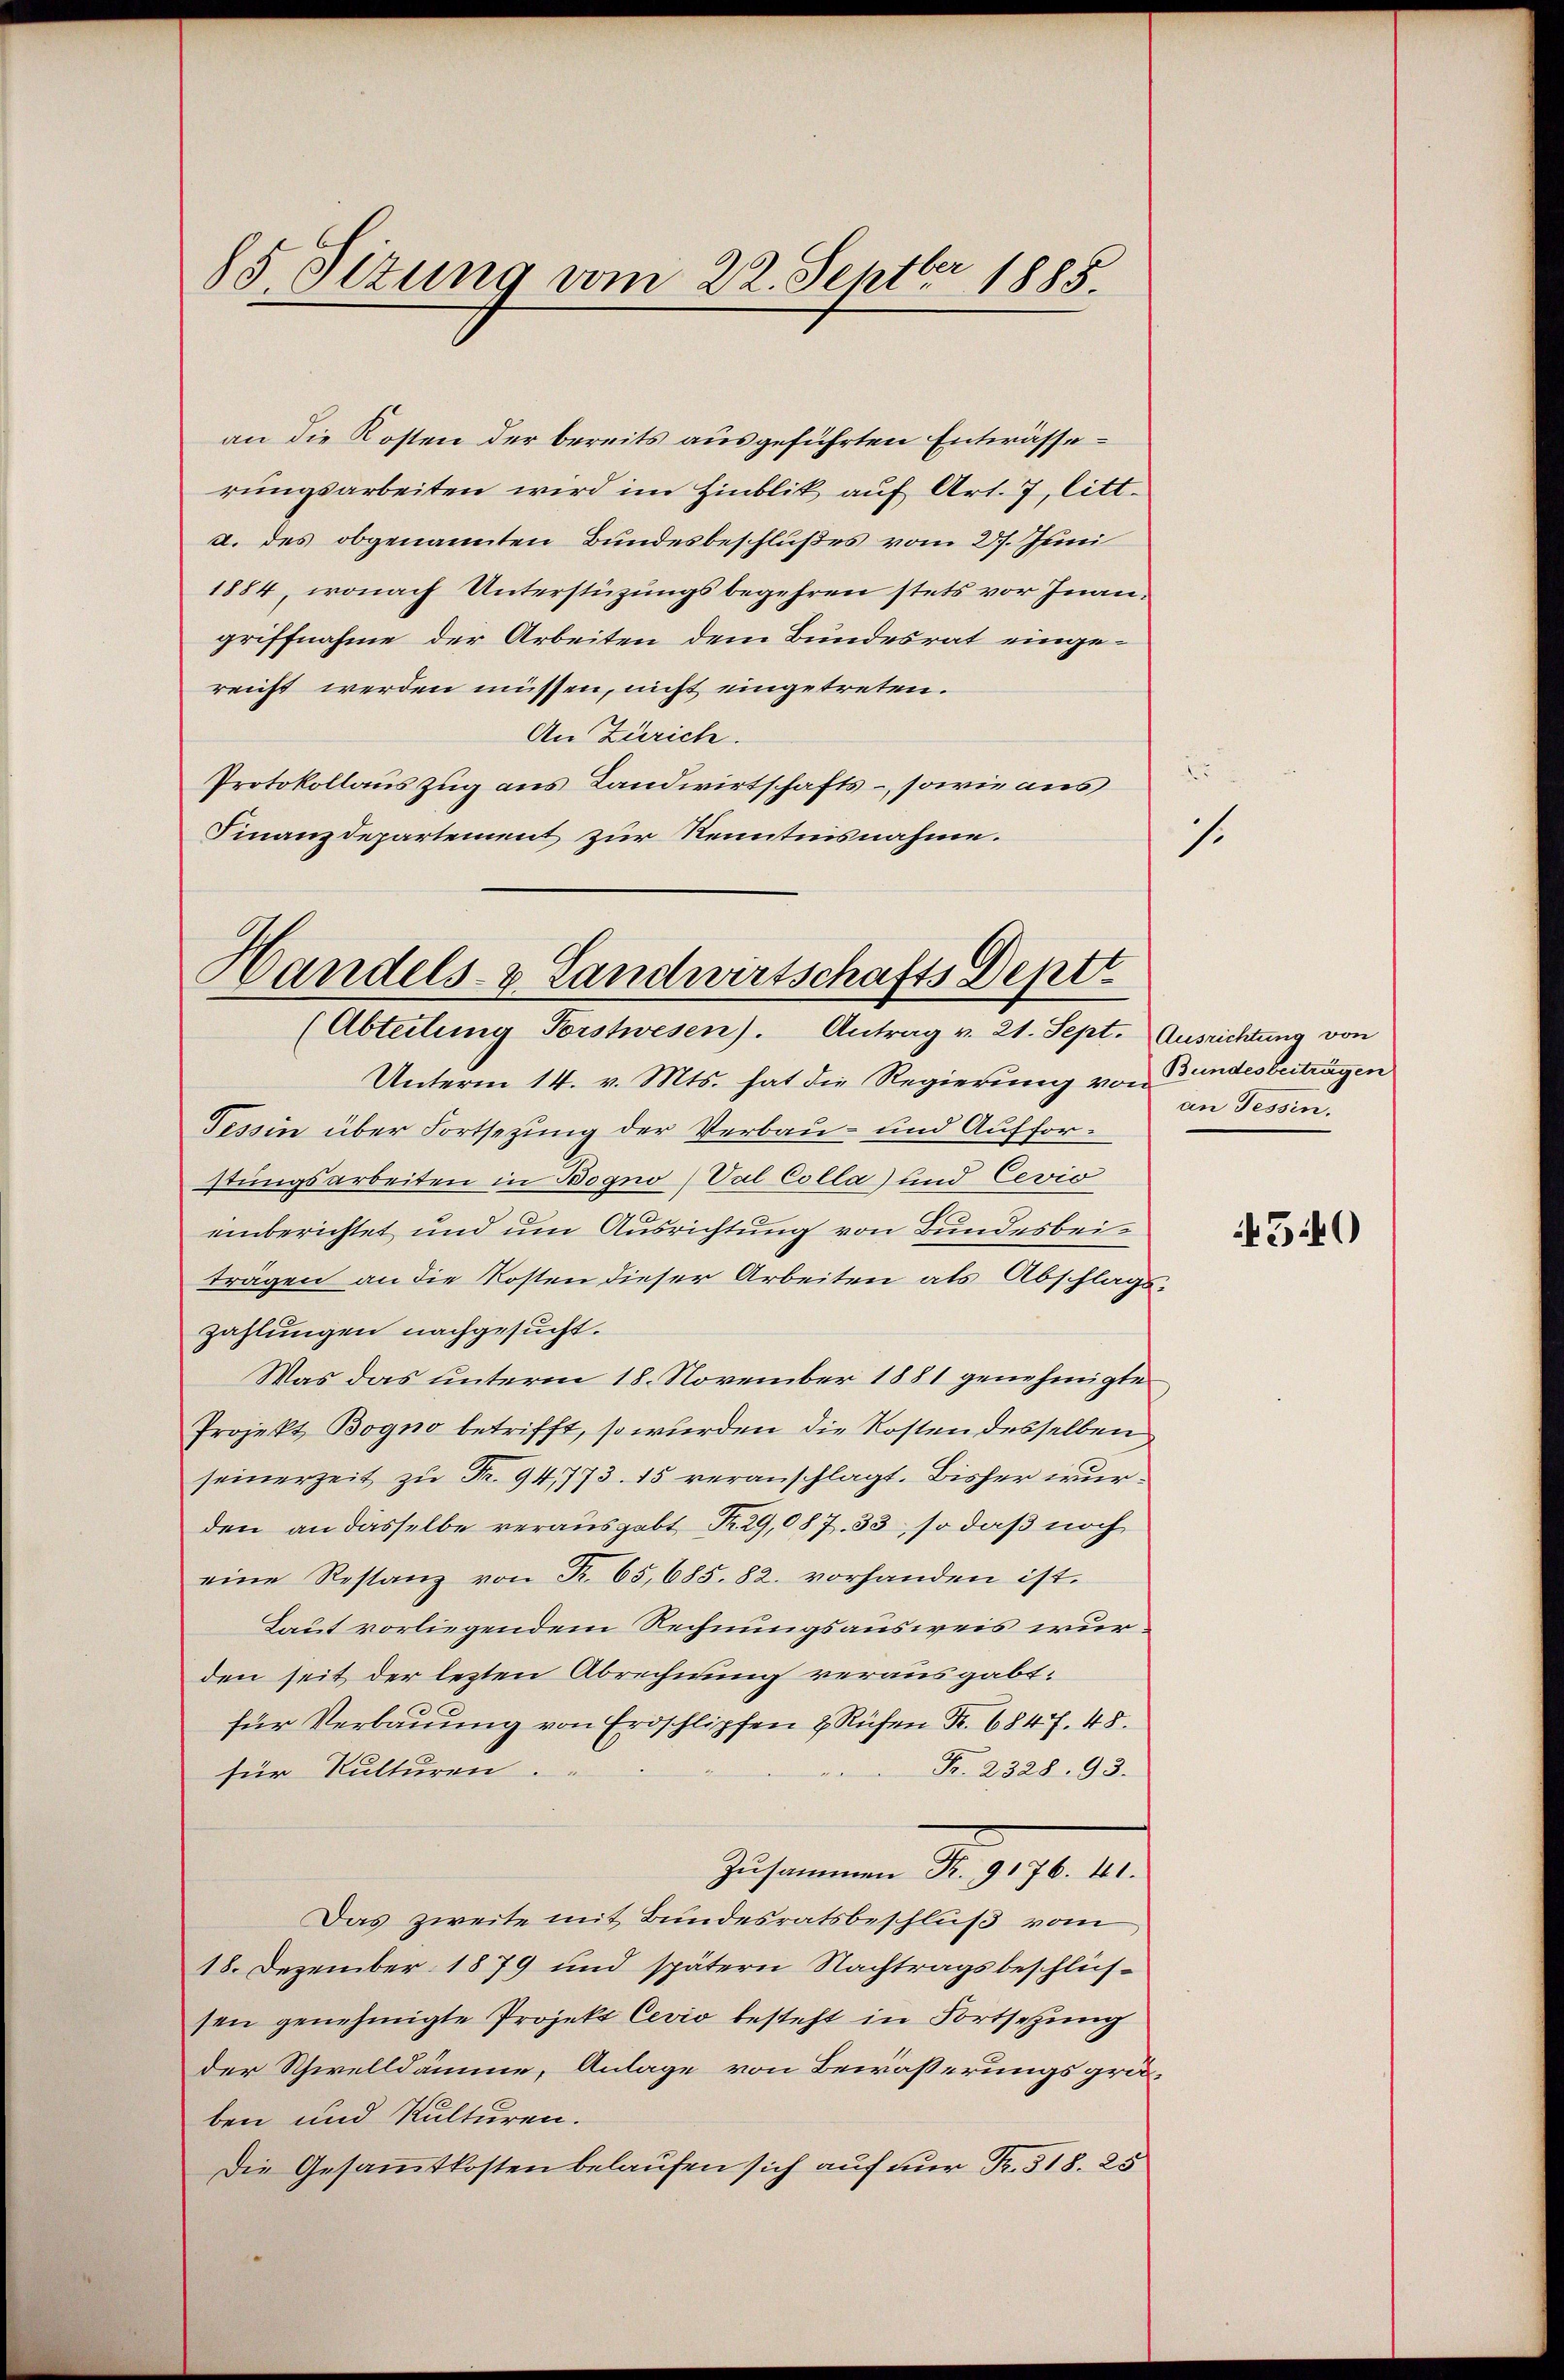
85 Sizung vom 22. Septbr 1885.

an die Kosten der bereits ausgeführten Entwässerungsarbeiten wird im Hinblik auf Art. 7, litt.
a. des obgenannten Bundesbeschlußes vom 27. Juni
1884, wonach Unterstüzungsbegehren stets vor Inangriffnahme der Arbeiten dem Bundesrat eingereicht werden müssen, nicht eingetreten.
An Zürich.
Protokollaus zug aus Landwirtschafts-, sowie aus
Finanzdepartement zur Kenntnisnahme.

Handels- & Landwirtschafts Deptt
(Abteilung Forstwesen). Antrag v. 21. Sept. Ausrichtung von

Unterm 14. v. Mts. hat die Regierung von Bundesbeiträgen
Tessin über Fortsezung der Verbau- und Aufforstungsarbeiten in Bogno (Val Colla) und Cevio
einberichtet und um Ausrichtung von Bundesbeiträgen an die Kosten dieser Arbeiten als Abschlags-
Zahlungen nachgesucht.
Was das unterm 18. November 1881 genehmigte
Projekt Bogno betrifft, so wurden die Kosten desselben
seinerzeit zu Fr. 94,773. 15 veranschlagt. Bisher wurden an dasselbe verausgebt Fr. 29,087. 33, so daß noch
eine Restanz von Fr. 65,685. 82. vorhanden ist.
Laut vorliegendem Rechnungsausweis wurden seit der lezten Abrechnung verausgabt.
für Verbauung von Erdschlipfen & Rüfen Fr. 6847. 48.
Fr. 2328. 93.
für Kulturen.
Zusammen Fr. 9176. 41.
Das zweite mit Bundesratsbeschluß vom
18. Dezember 1879 und spätern Nachtragsbeschlüssen genehmigte Projekt Cevio besteht in Fortsetzung
der Schwelldämme, Anlage von Bewässerungsgräben und Kulturen.
Die Gesammtkosten belaufen sich auf nur Fr. 518. 25

an Tessin.

2
s.

540